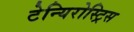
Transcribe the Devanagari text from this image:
टेन्यिरोस्ट्रिस